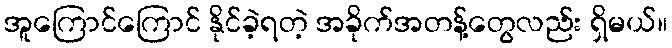
အူကြောင်ကြောင် နိုင်ခဲ့ရတဲ့ အခိုက်အတန့်တွေလည်း ရှိမယ်။